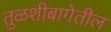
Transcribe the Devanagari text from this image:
तुळशीबागेतील